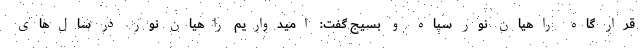
قرار گاه راهیان نور سپاه و بسیج گفت: امیدواریم راهیان نور در سال‌های